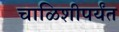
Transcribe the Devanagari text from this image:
चाळिशीपर्यंत